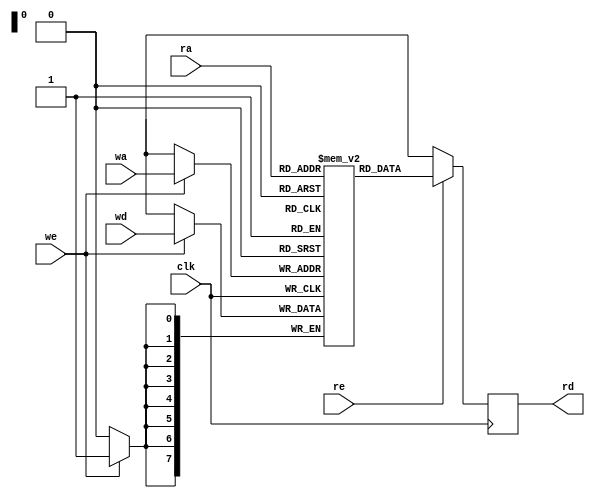
/*
 * This Source Code Form is subject to the terms of the Mozilla
 * Public License, v. 2.0. If a copy of the MPL was not distributed
 * with this file, You can obtain one at https://mozilla.org/MPL/2.0/.
 * Notice: The scope granted to MPL excludes the ASIC industry.
 *
 * Copyright (c) 2017 DUKELEC, All rights reserved.
 *
 */


module cd_sram
       #(
           parameter A_WIDTH = 8,
           parameter C_ASIC_SRAM = 0
       )(
           input                 clk,
           input [(A_WIDTH-1):0] ra,
           input [(A_WIDTH-1):0] wa,

           output       [7:0]    rd,
           input                 re,

           input        [7:0]    wd,
           input                 we
       );
       
generate if (C_ASIC_SRAM == 0) begin
    reg [7:0] ram[2**A_WIDTH-1:0];
    reg [7:0] rd_r;
    assign rd = rd_r;
    
    always @(posedge clk) begin
        if (we)
            ram[wa] <= wd;
    
        rd_r <= re ? ram[ra] : 8'dx;
    end
end else begin
    S018DP_RAM_DP_W256_B8_M4 ram (
        .CLKA(clk ),
        .CLKB(clk ),
        
        .CENA(~re ),
        .CENB(~we ),
        
        .WENA(1'b1),
        .WENB(~we ),
        
        .AA  (ra  ),
        .AB  (wa  ),
        
        .QA  (rd  ),
        .QB  (    ),
        
        .DA  (8'bx),
        .DB  (wd  )
    );
end
endgenerate
 
endmodule